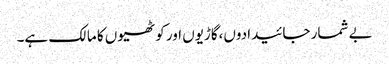
بے شمار جائیدادوں،گاڑیوں اور کوٹھیوں کا مالک ہے۔